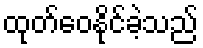
ထုတ်ဝေနိုင်ခဲ့သည်